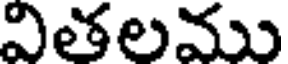
వితలము